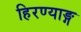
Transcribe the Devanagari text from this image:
हिरण्याङ्ग